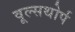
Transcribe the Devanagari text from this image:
वूल्सथोर्प